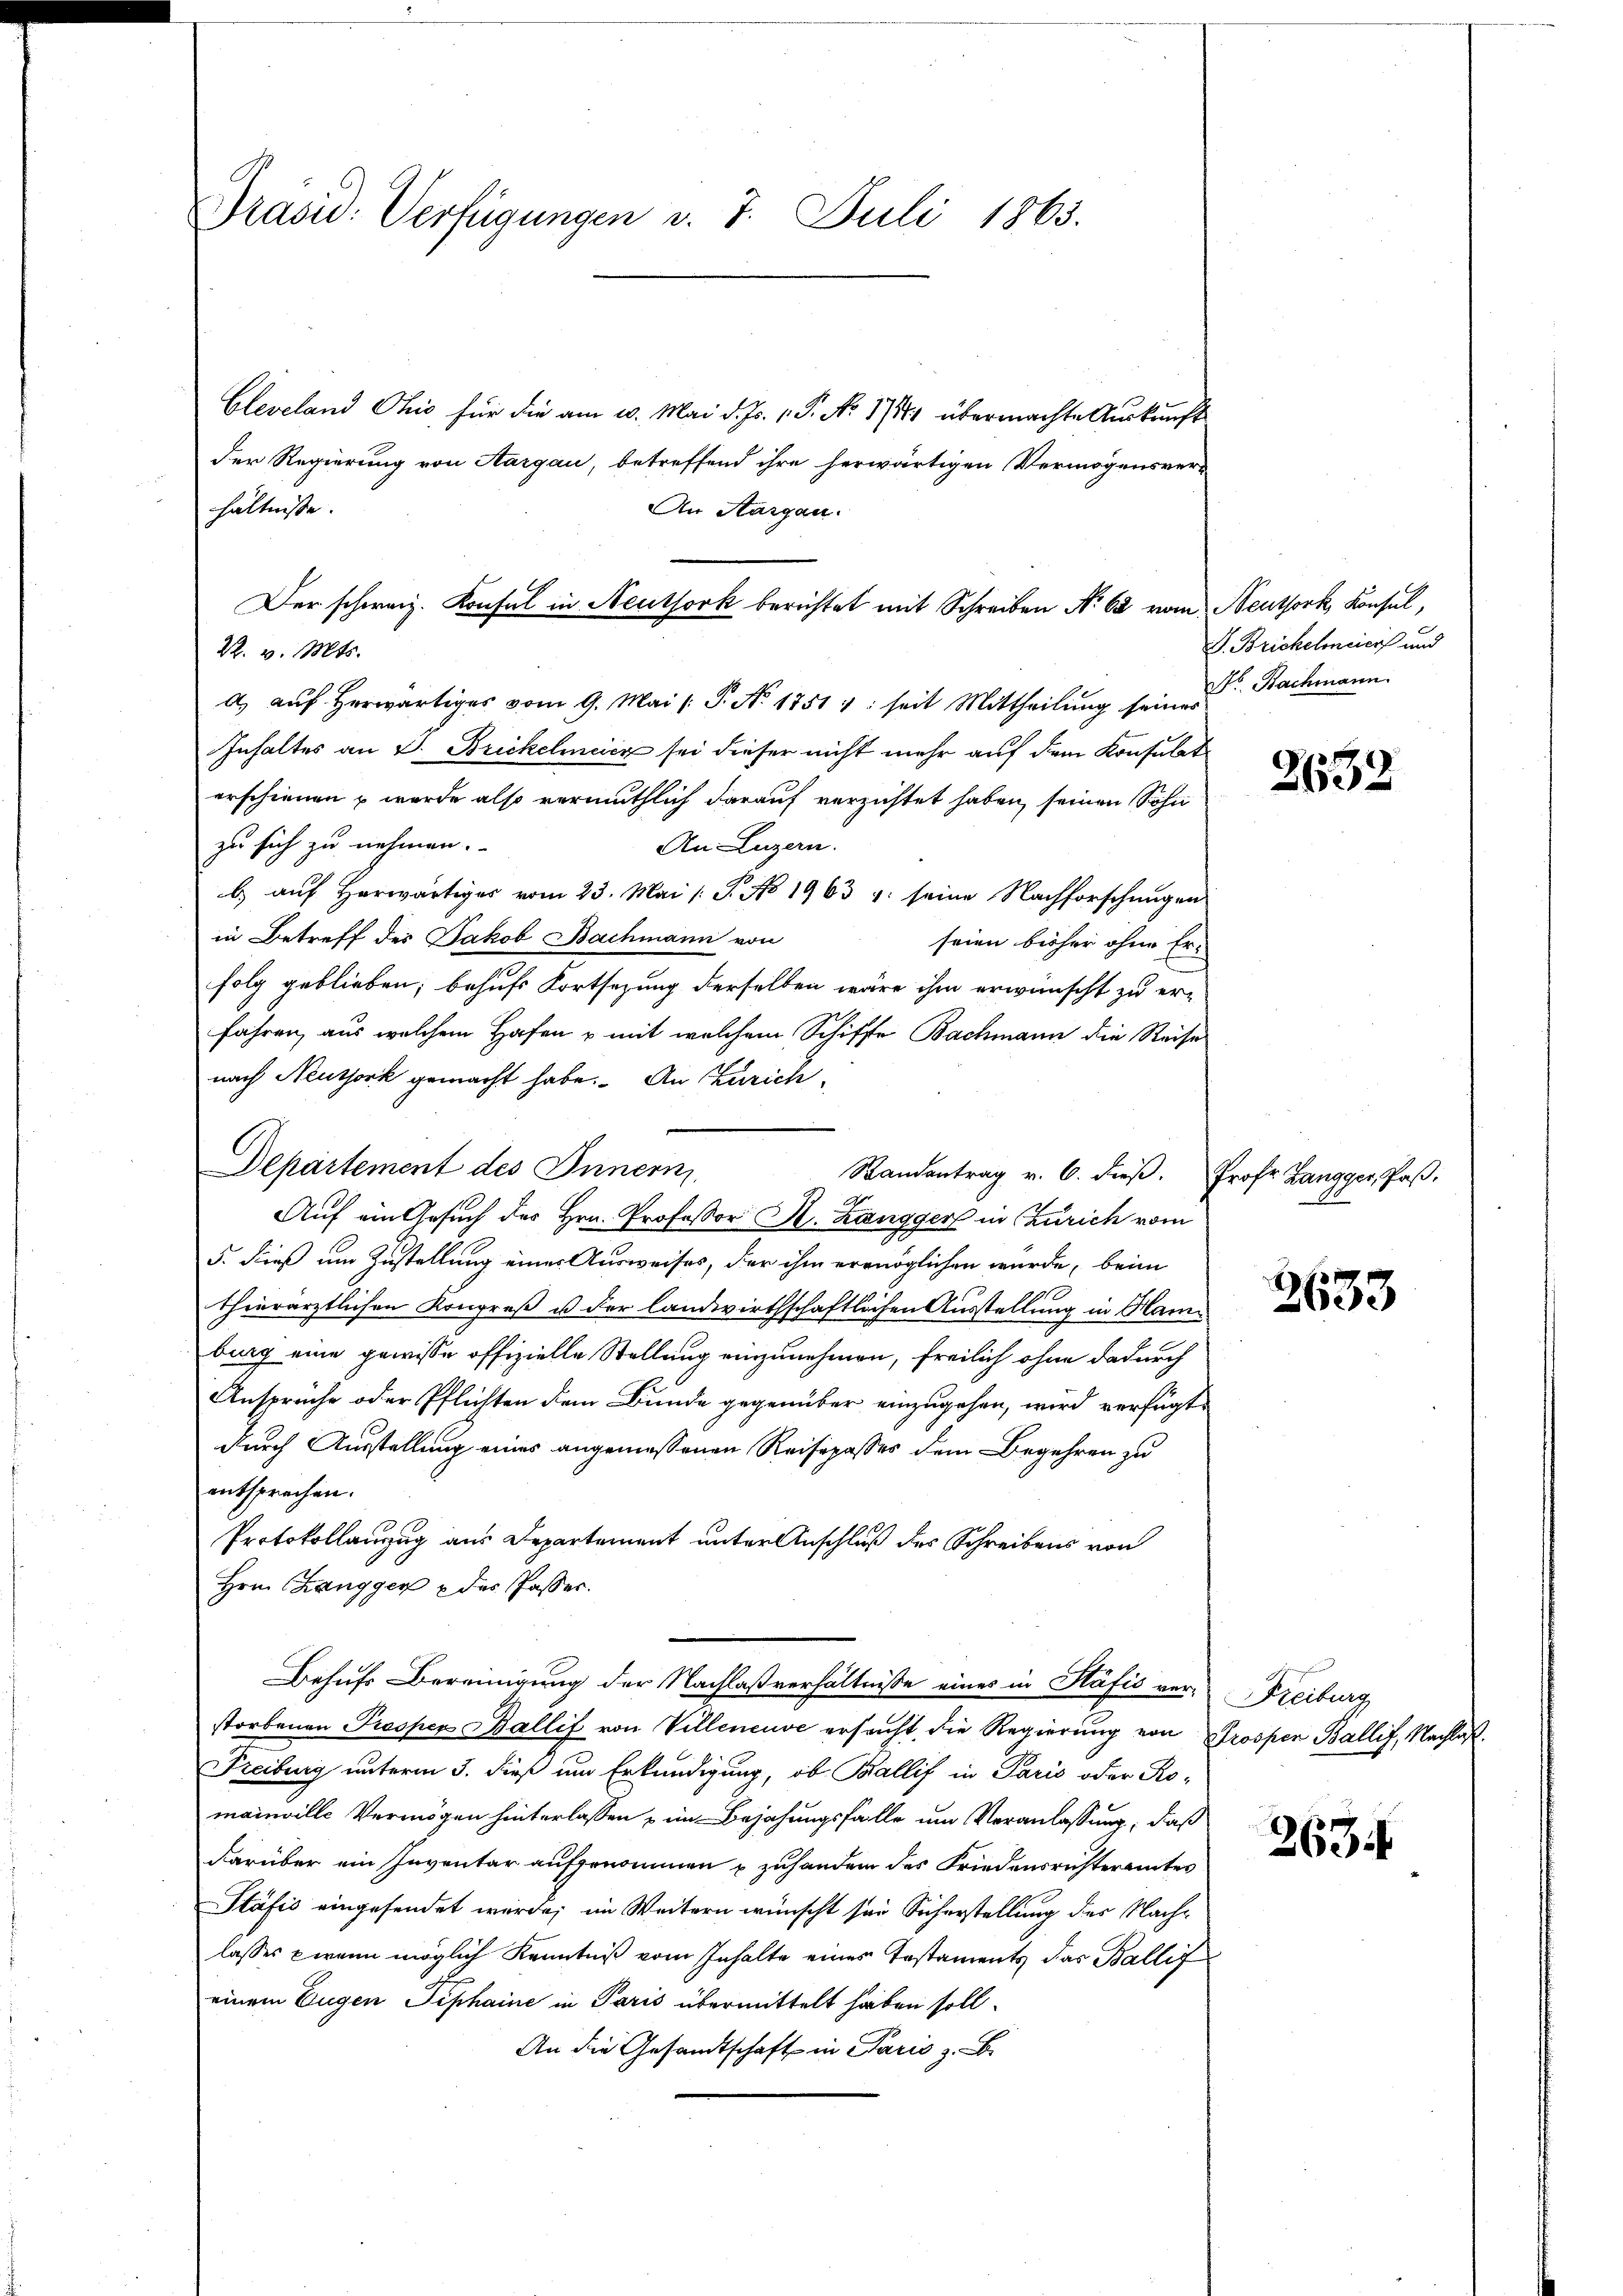
Präsid. Verfügungen v. 7. Juli 1863.

Cleveland Chio für die am 10. Mai d. Js. 1. P. No. 1788 übermachte Aŭskŭnft
der Regierung von Aargau, betreffend ihre herwärtigen Vermögensver-
a aŭf herwärtiges vom 9. Mai /: P. No 1751 1: seit Mittheilung seiner Bachmann.
Inhaltes an V. Brickelmeicz sei dieser nicht mehr auf dem Konsulate
erschienen u wurde also vermuthlich darauf verzichtet haben, seinen Sohn
zu sich zu nehmen.
An Luzern.
b.) auf herwärtiges vom 23. Mai /: P. No 1963 u. seine Nachforschungen
in Betreff des Jakob Bachmann von
seien bisher ohne Er-
folg geblieben; behufs Fortsezung derselben wäre ihm erwünscht zu er-
fahren, aus welchem Hafen u mit welchem Schiffe Bachmann die Reise
nach Neuthork gemacht habe. An Zürich,
Auf ein Gesuch des Hrn. Professor A. Langger in Zürich vom
5. dieß um Zustellung einer Ausweises, der ihm ermöglichen wurde, beim
thierärztlichen Kongreß us der landwirthschaftlichen Ausstellung in Ham
burg eine gewisse offizielle Stellung einzunehmen, freilich ohne dadurch
Ansprüche oder Pflichten dem Bunde gegenüber einzugehen, wird verfügt
durch Ausstellung eines angemessenen Reisepasses dem Begehren zu
entsprechen.
Protokollanzug aus Departement unter Anschluß des Schreibens von
Hrn. Changger & das Passer.
Behufs Bereinigung der Nachlaßverhältnisse eines in Käfić ver-
storbenen Prosper Ballif von Villeneuve ersucht, die Regierung von Prosper Ballif, Nachlaß¬
Freiburg unterm 3. dieß um Erkundigung, ob Ballif in Paris oder Ro-
mainville Vermögen hinterlassen & im Bejahungsfalle um Veranlassung, daß
darüber ein Inventar aufgenommen u zuhandern des Friedensrichteramtes
Stäfić eingesendet werde; im Weitern wünscht sei Sicherstellung des Nachlasses wann möglich Kenntniß vom Inhalte eines Testaments das Ballif
einem Eugen Tiphaine in Paris übermittelt haben soll.
An die Gesandtschaft in Paris z. B.

hältnisse.
An Aargau.
Der schweiz. Konsul in Neuthork berichtet mit Schreiben No 62 vom Neuthork, Konsul,
22. v. Mts.

Departement des Innern,
Standentrag v. 6. dieβ. Prof. Zangger, Paβ.

P. Brickelmeier und

2632

2633

Freiburg

263.